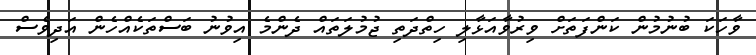
ވާހަކަ ބުނުމުން ކަންފަތަށް ވިރުވާއަޅާލި ހިތްދަތި ޖުމުލަތައް ދެންމެ އިވުނު ބަސްތަކެއްހެން އަދިވެސް